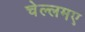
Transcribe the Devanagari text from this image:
चेल्लमए